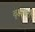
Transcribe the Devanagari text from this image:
वृक्षावरी